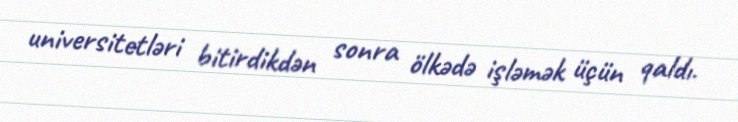
universitetləri bitirdikdən sonra ölkədə işləmək üçün qaldı.